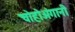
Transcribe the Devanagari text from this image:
चोहोअंगानी